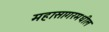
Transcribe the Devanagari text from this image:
महासागरमधील